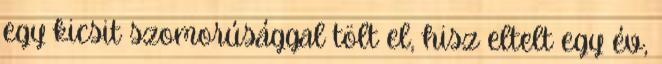
egy kicsit szomorúsággal tölt el, hisz eltelt egy év,